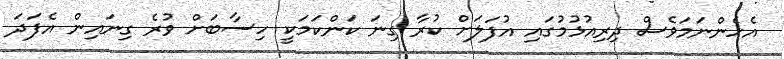
އެހެންނަމަވެސް ދިރިއުޅުމުގައި އުފަލަށް ކުރާ ގިނަ ކަންކަމަކީ ހިސާބަށް ވުރެ ގިނައިން އެފަދަ